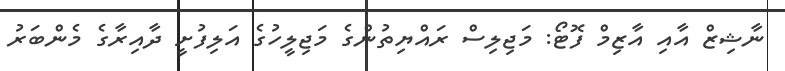
ނާޝިޒް އާއި އާޒިމް ފޮޓޯ: މަޖިލިސް ރައްޔިތުންގެ މަޖިލީހުގެ އަލިފުށީ ދާއިރާގެ މެންބަރު